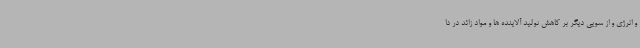
و انرژی و از سویی دیگر بر کاهش تولید آلاینده ها و مواد زائد در دا